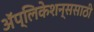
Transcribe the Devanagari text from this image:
अॅप्लिकेशन्ससाठी